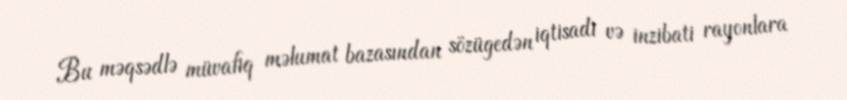
Bu məqsədlə müvafiq məlumat bazasından sözügedən iqtisadi və inzibati rayonlara